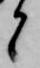
と